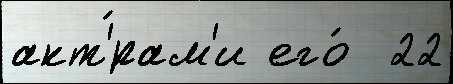
акт'́рам'и его́  22